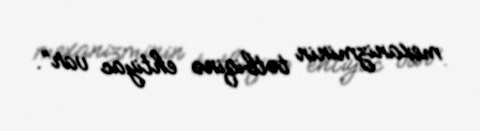
mexanizminin tətbiqinə ehtiyac var”.